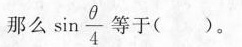
那么 $$\sin \frac { θ } { 4 }$$ 等于( )。